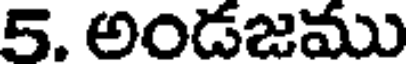
5. అండజము